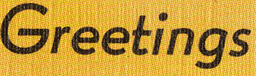
Greetings